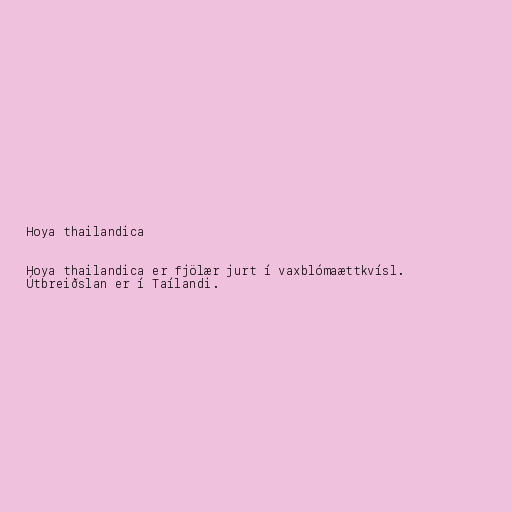
Hoya thailandica

Hoya thailandica er fjölær jurt í vaxblómaættkvísl.
Útbreiðslan er í Taílandi.